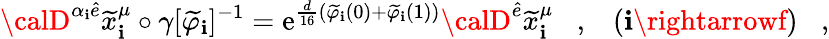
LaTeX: {\calD}^{\alpha_{\mathbf{i}}\widehat{{e}}}\widetilde{{x}}_{\mathbf{i}}^{\mu}\circ\gamma[\widetilde{{\varphi}}_{\mathbf{i}}]^{-1}=\mathrm{{e}}^{\frac{{d}}{{16}}(\widetilde{{\varphi}}_{\mathbf{i}}(0)+\widetilde{{\varphi}}_{\mathbf{i}}(1))}{\calD}^{\widehat{{e}}}\widetilde{{x}}_{\mathbf{i}}^{\mu}\; \; \; ,\; \; \; (\mathbf{i}\rightarrowf)\; \; \; ,